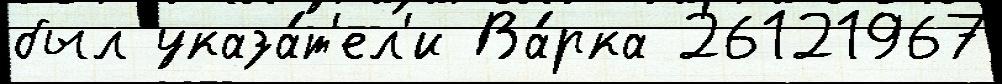
был указа́т'ел'и Ва́рка 26121967